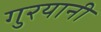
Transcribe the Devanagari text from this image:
गुरयानी